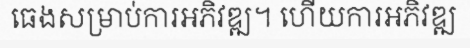
ធេងសម្រាប់ការអភិវឌ្ឍ។ ហើយការអភិវឌ្ឍ